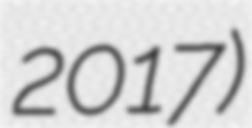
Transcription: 2017)